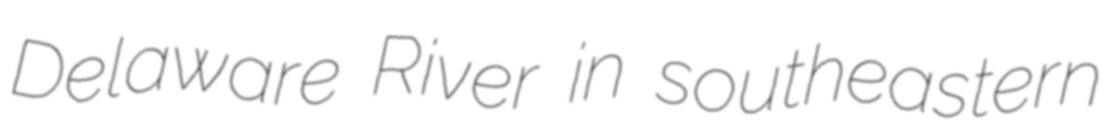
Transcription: Delaware River in southeastern